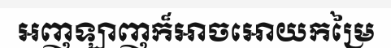
អញឡាញក៏អាចអោយកម្រៃ